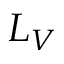
L _ { V }